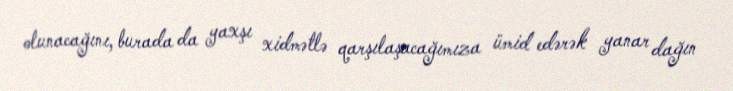
olunacağını, burada da yaxşı xidmətlə qarşılaşacağımıza ümid edərək yanar dağın